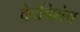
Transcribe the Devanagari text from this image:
वेदविशेष